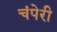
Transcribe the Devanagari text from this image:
चंपेरी